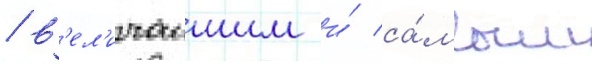
/ в'ел'ичаишим и́ са́мым